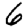
Digit: 6